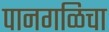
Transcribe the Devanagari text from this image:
पानगळिचा